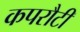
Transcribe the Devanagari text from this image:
कपरौटी